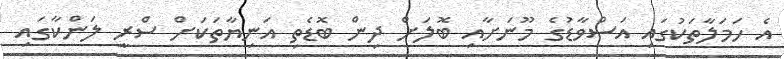
އެ ހަމަލާތަކުގައި އަސްވާޑުގެ މޫނަށާއި ބޮލަށް ދިން ބޮޑެތި އަނިޔާތަކަށް ސްރީ ލަންކާގައި